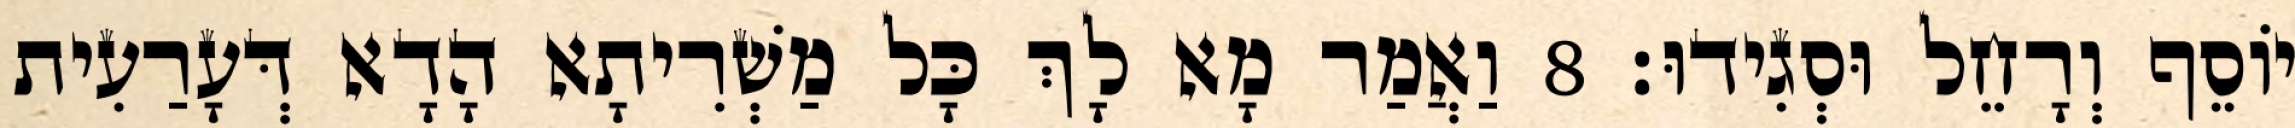
יוֹסֵף וְרָחֵל וּסְגִידוּ׃ 8 וַאֲמַר מָא לָךְ כָּל מַשְׁרִיתָא הָדָא דְּעָרַעִית